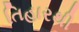
તિહારથી